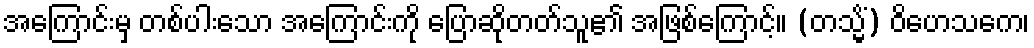
အကြောင်းမှ တစ်ပါးသော အကြောင်းကို ပြောဆိုတတ်သူ၏ အဖြစ်ကြောင့်။ (တသ္မိံ) ဝိဟေသကေ၊